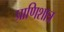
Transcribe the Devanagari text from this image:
प्राणिशात्र